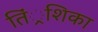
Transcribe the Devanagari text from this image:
तिं्रशिका